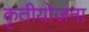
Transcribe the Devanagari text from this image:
कृतीयोजना